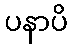
ပနာပိ